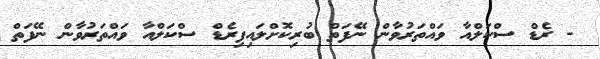
- ރެޑް ސްކަލްއާ ވައްތަރުވާން ނޭފަތް ބުރިކޮށްލައިފިރެޑް ސްކަލްއާ ވައްތަރުވާން ނޭފަތް